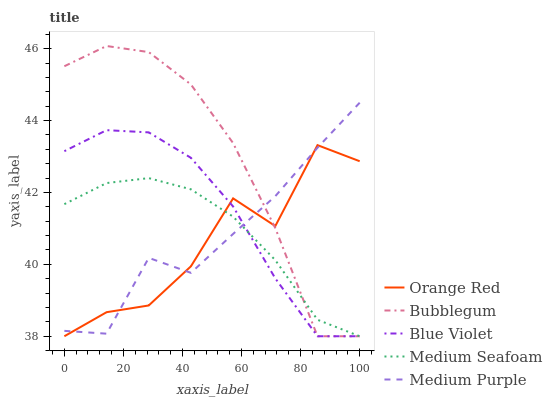
| xaxis_label | Orange Red | Bubblegum | Blue Violet | Medium Seafoam | Medium Purple |
 | --- | --- | --- | --- | --- | --- |
 | 0 | 38 | 45.5 | 43.1 | 41.7 | 38.2 |
 | 14.3 | 38.7 | 46.1 | 43.7 | 42.3 | 38.1 |
 | 28.6 | 38.9 | 45.9 | 43.7 | 42.4 | 40.2 |
 | 42.9 | 39.9 | 45 | 43 | 42.1 | 39.8 |
 | 57.1 | 41.8 | 43.4 | 41.6 | 41.3 | 40.8 |
 | 71.4 | 41.1 | 41 | 39.6 | 40.1 | 41.9 |
 | 85.7 | 43.3 | 38 | 38 | 38.5 | 43.2 |
 | 100 | 42.9 | 38 | 38 | 38 | 44.5 |